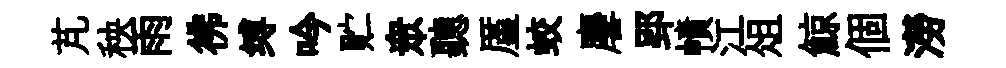
芃秧雨彿缚吟贮衆聽厪蛟麐郢幘江俎鯨個澇